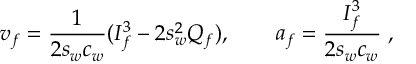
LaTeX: v _ { f } = \frac { 1 } { 2 s _ { w } c _ { w } } ( I _ { f } ^ { 3 } - 2 s _ { w } ^ { 2 } Q _ { f } ) , \qquad a _ { f } = \frac { I _ { f } ^ { 3 } } { 2 s _ { w } c _ { w } } \; ,